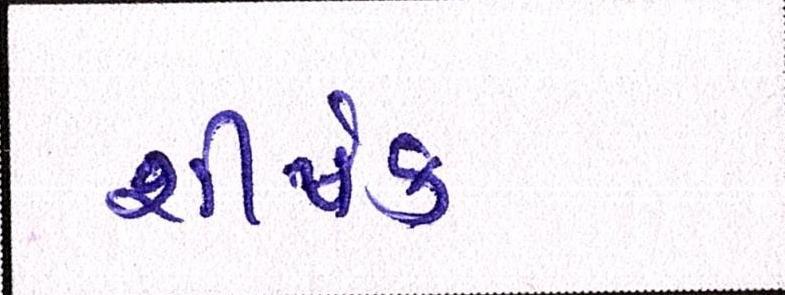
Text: શીર્ષક